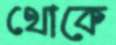
থোকে